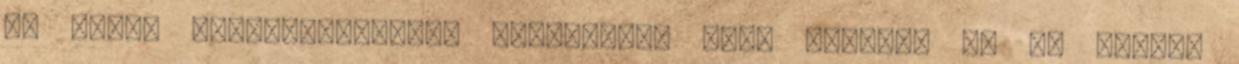
az anyag tulajdonságait, ugyanakkor vele záródik le az anyagi